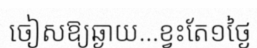
ចៀសឱ្យឆ្ងាយ...ខ្វះតែ១ថ្ងៃ